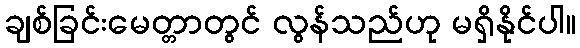
ချစ်ခြင်းမေတ္တာတွင် လွန်သည်ဟု မရှိနိုင်ပါ။